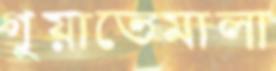
গুয়াতেমালা